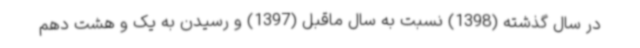
در سال گذشته (1398) نسبت به سال ماقبل (1397) و رسیدن به یک و هشت دهم